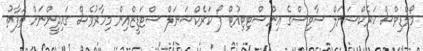
މޯލްޑިވްސް ކަރެކްޝަނަލް ސާވިސްގެ އިންސްޓިޓިއުޓް ފޯ ކަރެކްޝަނަލް ސްޓަޑީޒްއިން މިހާރުވެސް ގައިދީންނަށް ތަފާތު